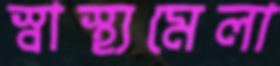
স্বাস্থ্যমেলা